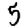
Digit: 5